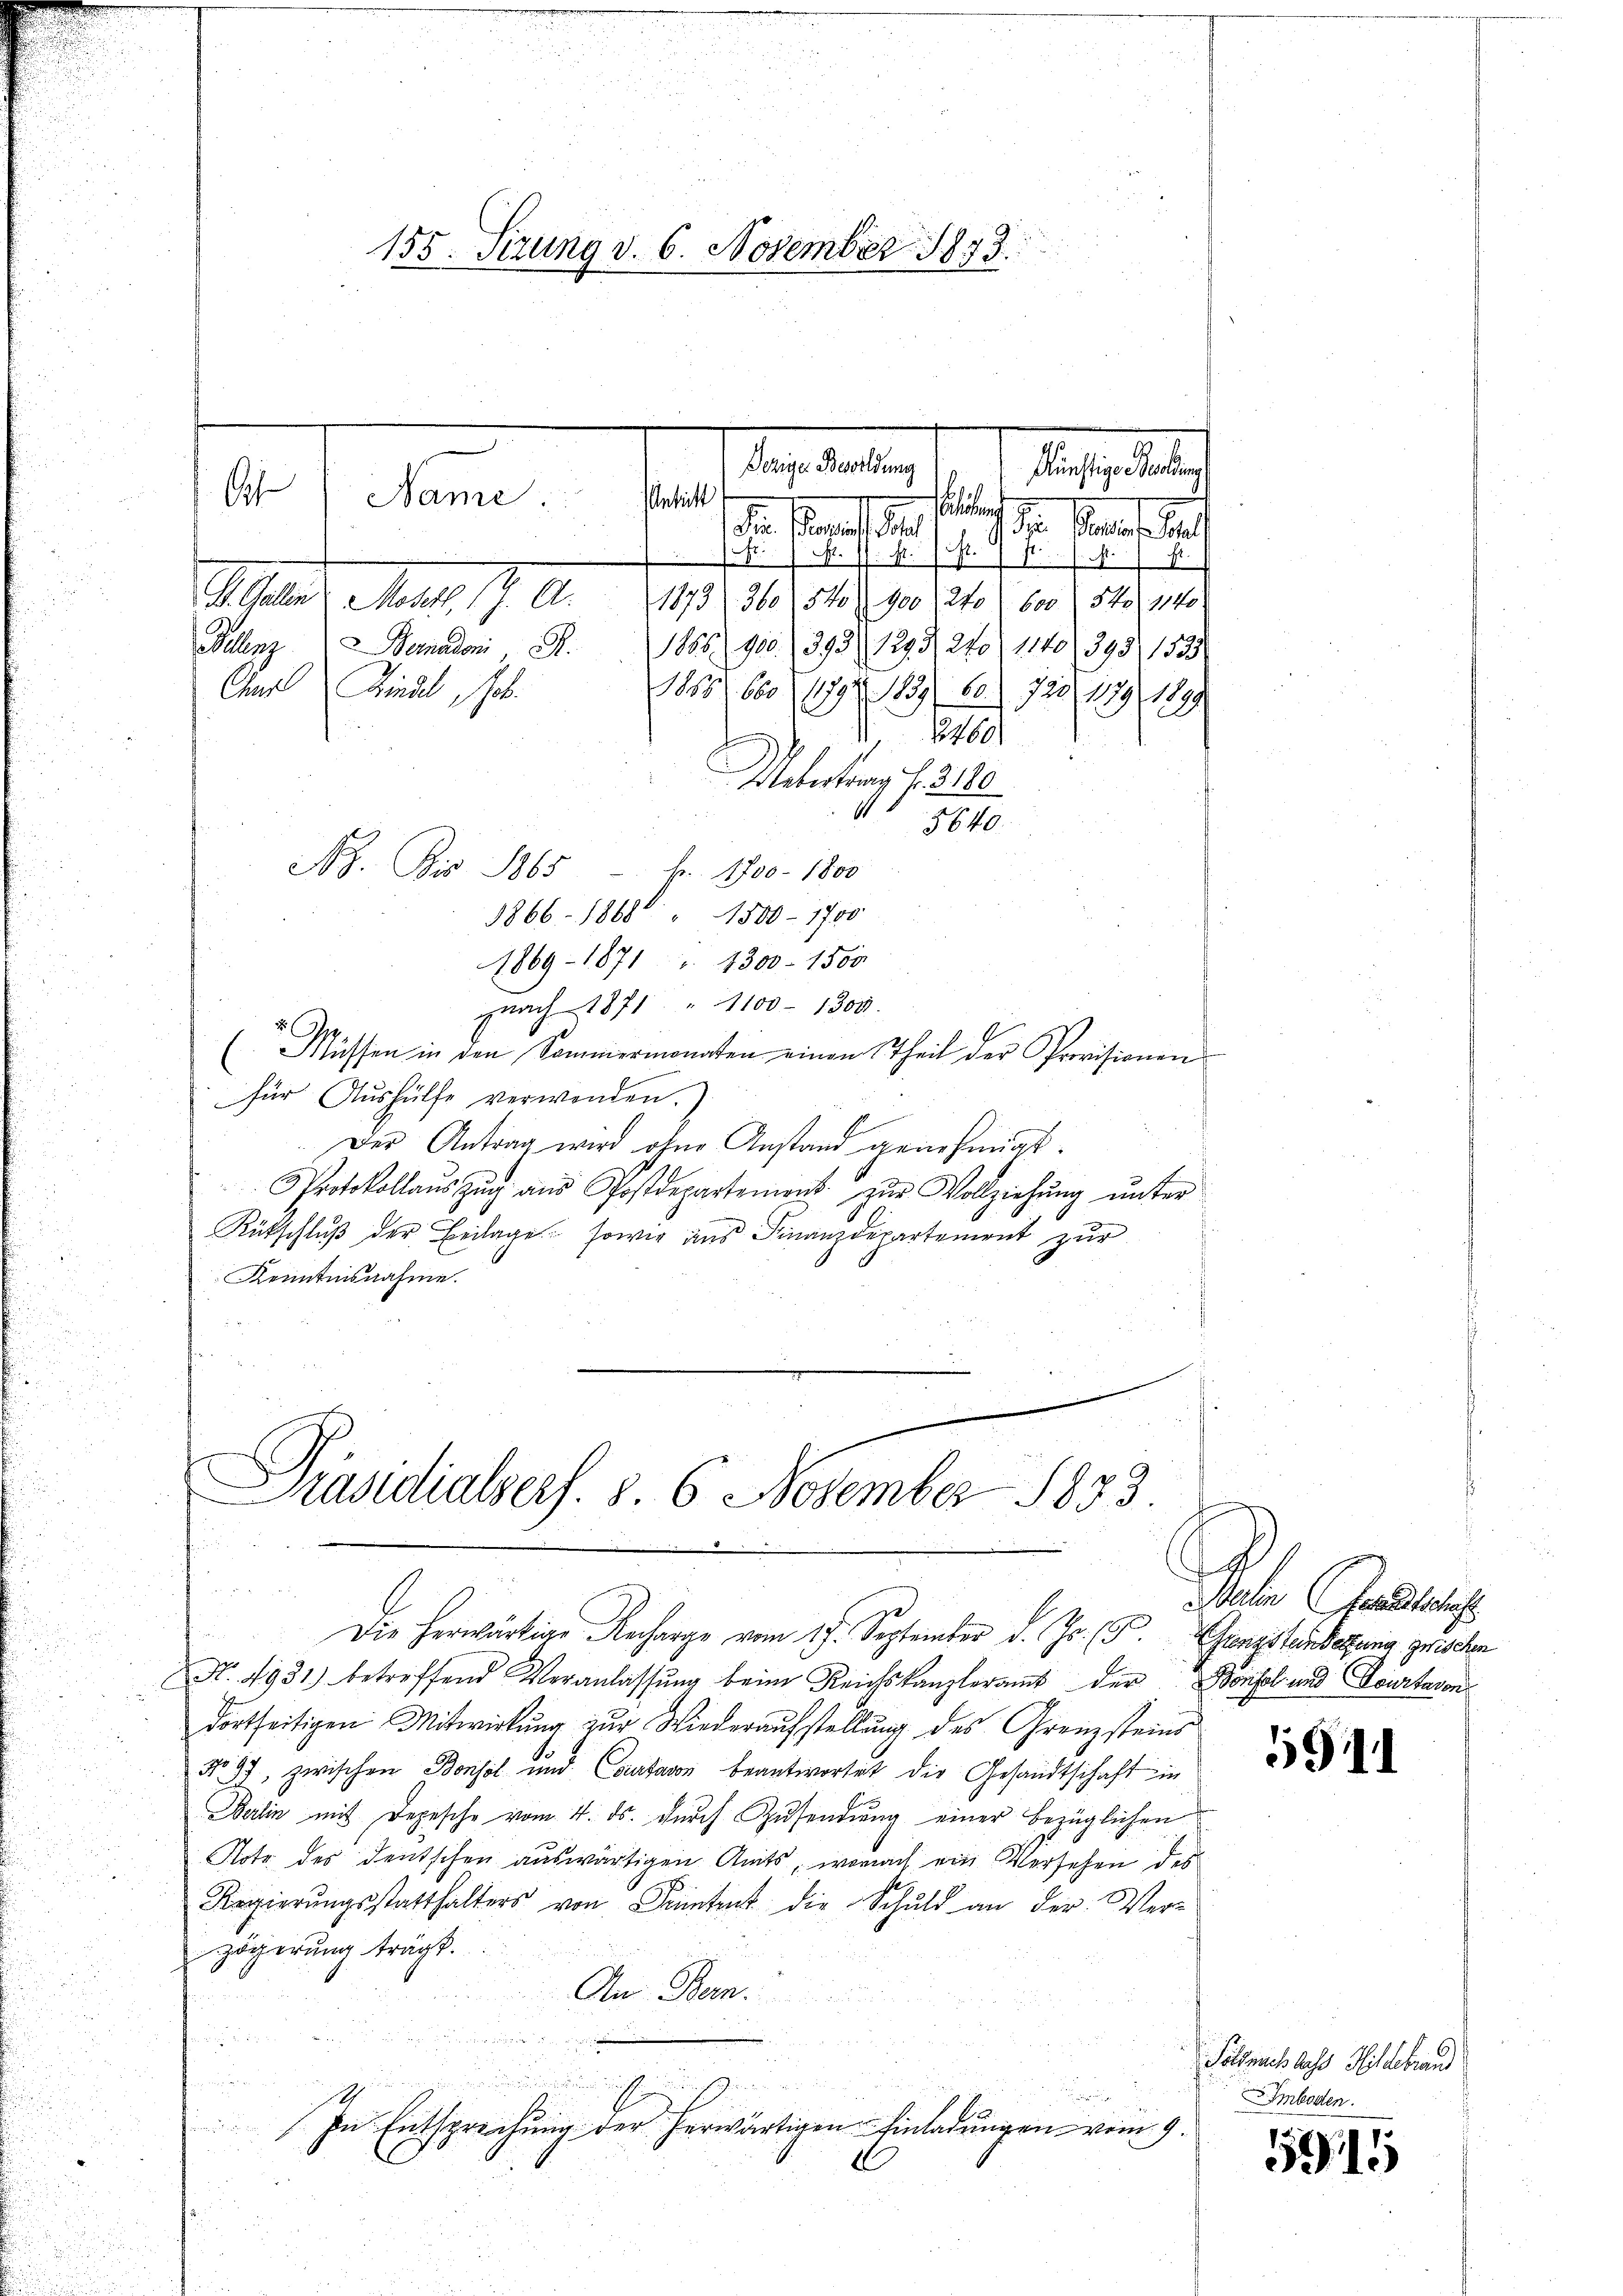
155. Sizung d. 6. November 1873.
Tagestaltung
l
t
Name
Antritt
lösung
d. Fand de

if.

fs N. N. N. 11.
S. Galle Monat 17. A. 1873, 360. 510 90 dto bis 54. 145.
Mellenzen                1885. 900. 393. 1293), 270, 1140 (1398 1533.
85. 660 (1792. 1839 60. 723 189 1899
2460
Uebertrag f. 3120
1
5640.
Ah. Bis 1865 Fr. 1700 - 1800
1866 - 1868 1500 - 1700
1869 - 1871 " 4300 - 1500
gnach 1871 " 1100 - 1300.
(Müssen in den Sommermonaten einen Theil der Provisionen
für Aushülfe verwenden.
Der Antrag wird ohne Anstand genehmigt.
Protokollaŭs Zŭg aŭs Postdepartement zŭr Vollziehŭng ŭnter
Rückschluß der Beilage, sowie aus Finanzdepartement zur
Kenntnisnahme.

Carl Kinde, ob

Präsidialsers. S. 6 November 1833.
u
Die herwärtige Recharge vom 17. September d. Js. (T. Grenzstansetzung zwischen

düchtige Berling

der Strafe auf

Nr. 1931) betreffend Veranlassŭng beim Reichskanzleramt der Bonfol und Dourtavon
dortseitigen Mitwirkung zur Wiederaufstellung des Grenzsteins
No 97, zwischen Bonsol und Cantavon beantwortet die Gesandtschaft in
Berlin mit Depesche vom 4. ds. durch Zusendung einer bezüglichen
Hotz des deutschen auswärtigen Amts, wornach ein Versehen des
Regierŭngsstatthalters von Seitent die Schuld an der Ver-
zögerung trägt.
An Bern.
sinnung des in denschen
d
In Entsprechung der herwärtigen Einladungen vom 9.
E

d
Balin Gewaltschaft

5911

Soldnach dass Hildebrau
Imboden.

5915